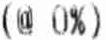
(@ 0%)